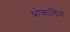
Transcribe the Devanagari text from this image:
थ्रोकलिन